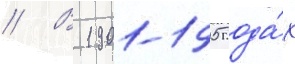
// В 1901-1905 года́х